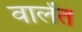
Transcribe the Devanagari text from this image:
वालेंत